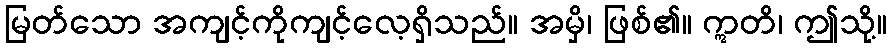
မြတ်သော အကျင့်ကိုကျင့်လေ့ရှိသည်။ အမှိ၊ ဖြစ်၏။ ဣတိ၊ ဤသို့။